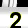
Digit: 2